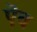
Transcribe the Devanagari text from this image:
ऎच